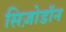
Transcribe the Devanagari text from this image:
सिज़ोडॉन